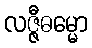
လဇ္ဇီဓမ္မော